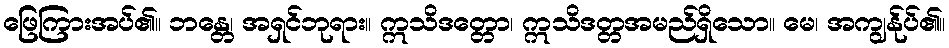
ဖြေကြားအပ်၏။ ဘန္တေ၊ အရှင်ဘုရား။ ဣသိဒတ္တော၊ ဣသိဒတ္တအမည်ရှိသော။ မေ၊ အကျွန်ုပ်၏။